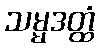
သမ္မဒတ္ထံ